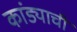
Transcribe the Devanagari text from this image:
कांड्याची